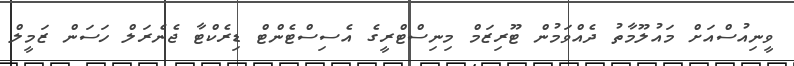
ވީނިއުސްއަށް މައުލޫމާތު ދެއްވަމުން ޓޫރިޒަމް މިނިސްޓްރީގެ އެސިސްޓެންޓް ޑިރެކްޓާ ޖެނެރަލް ހަސަން ޒަމީލް